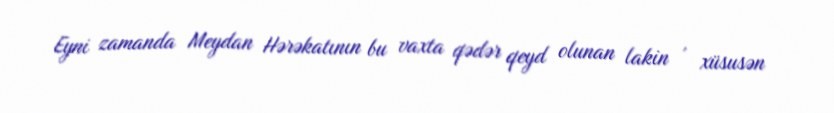
Eyni zamanda Meydan Hərəkatının bu vaxta qədər qeyd olunan lakin , xüsusən